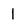
Character: 1